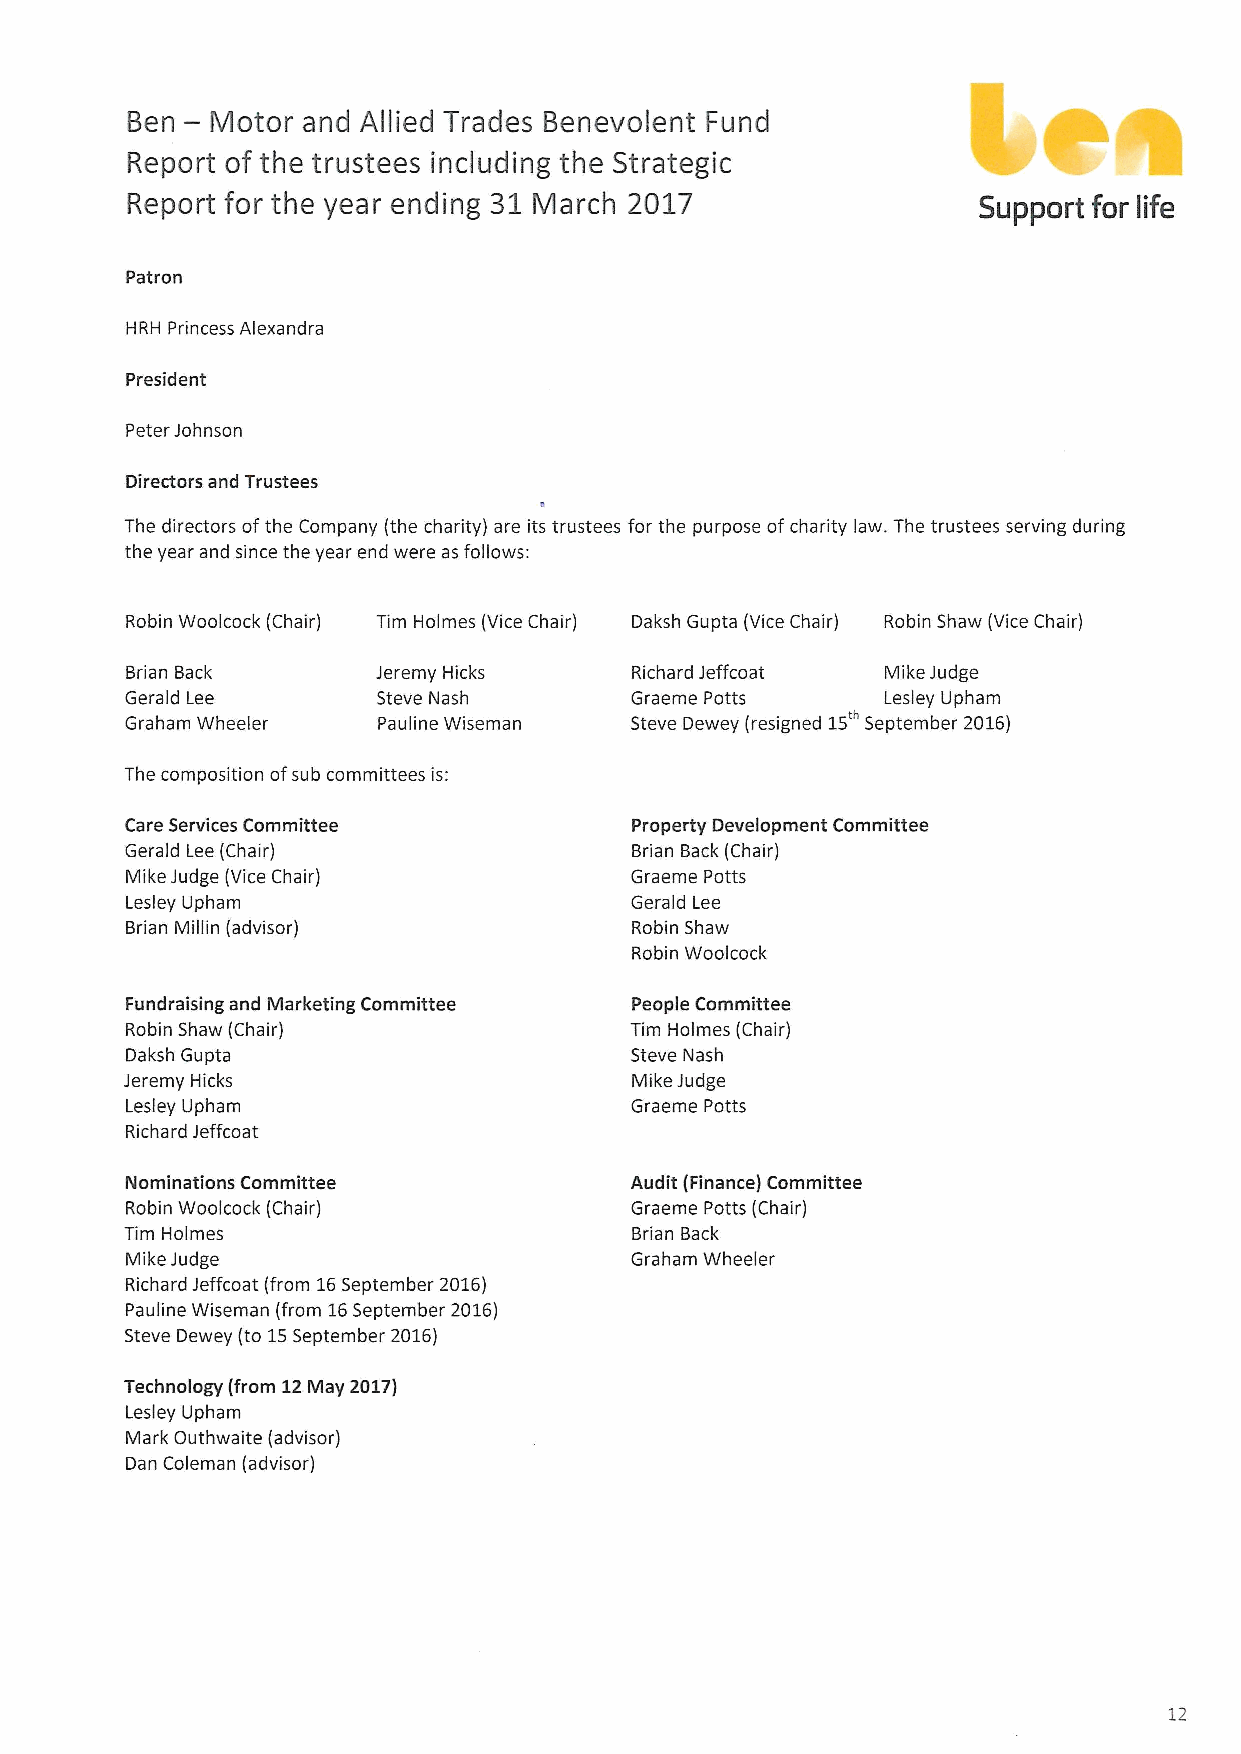
—
 Ben   Motor and Allied Trades Benevolent Fund
 Report of the trustees including the Strategic
 Report for the year ending 31 March 2017                 Support for life
 Patron
 HRH Princess Alexandra
 President
 Peter Johnson
 Directors and Trustees
 The directors ofthe Company (the charity) are its trustees for the purpose ofcharity law. The trustees serving during
 the year and since the year end were as follows:
 Robin Woolcock (Chair) Tim Holmes (Vice Chair) Daksh Gupta (Vice Chair) Robin Shaw (Vice Chair)
 Brian Back       Jeremy Hicks     Richard Jeffcoat Mike Judge
 Gerald Lee       Steve Nash       Graeme Potts    Lesley Upham
 Graham Wheeler   Pauline Wiseman  Steve Dewey (resigned 15 September 2016)
 The composition ofsub committees is:
 Care Services Committee           Property Development Committee
 Gerald Lee (Chair)                Brian Back (Chair)
 Mike Judge (Vice Chair)           Graeme Potts
 Lesley Upham                      Gerald Lee
 Brian Millin (advisor)            Robin Shaw
 Robin Woolcock
 Fundraising and Marketing Committee People Committee
 Robin Shaw (Chair)                Tim Holmes (Chair)
 Daksh Gupta                       Steve Nash
 Jeremy Hicks                      Mike Judge
 Lesley Upham                      Graeme Potts
 Richard Jeffcoat
 Nominations Committee             Audit (Finance) Committee
 Robin Woolcock (Chair)            Graeme Potts (Chair)
 Tim Holmes                        Brian Back
 Mike Judge                        Graham Wheeler
 Richard Jeffcoat (from 16September 2016)
 Pauline Wiseman (from 16September 2016)
 Steve Dewey (to 15September 2016)
 Technology (from 12May 2017)
 Lesley Upham
 Mark Outhwaite (advisor)
 Dan Coleman (advisor)